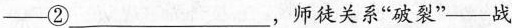
——②___，师徒关系”破裂”——战